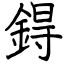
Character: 鍀